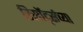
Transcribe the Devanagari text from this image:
रिसॉर्ट्सच्या